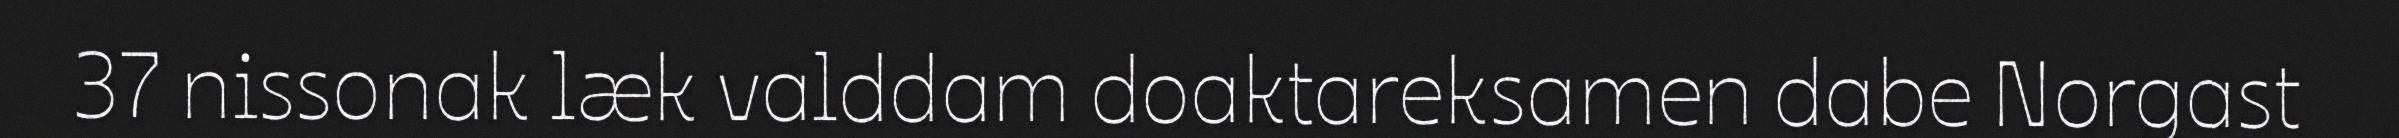
37 nissonak læk valddam doaktareksamen dabe Norgast